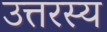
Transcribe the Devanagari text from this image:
उत्तरस्य